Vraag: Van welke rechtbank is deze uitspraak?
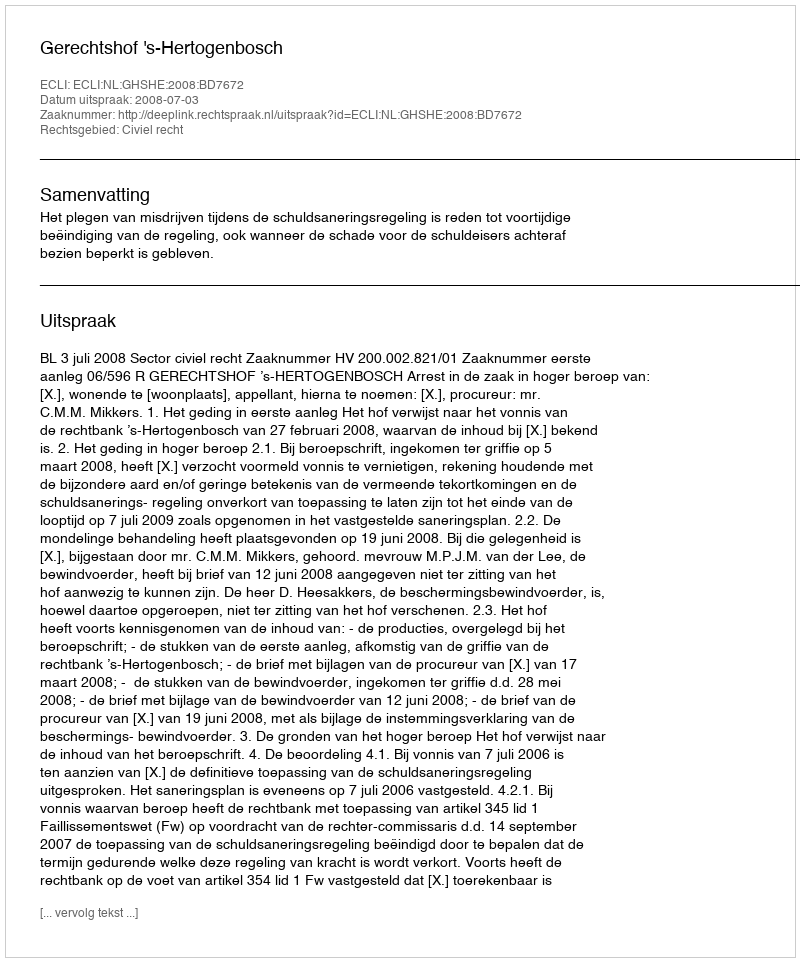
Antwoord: Gerechtshof 's-Hertogenbosch